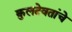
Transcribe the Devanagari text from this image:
कुलदेवतांचे